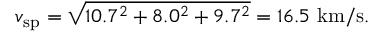
v _ { \mathrm { s p } } = { \sqrt { 1 0 . 7 ^ { 2 } + 8 . 0 ^ { 2 } + 9 . 7 ^ { 2 } } } = 1 6 . 5 ~ { \mathrm { k m / s } } .